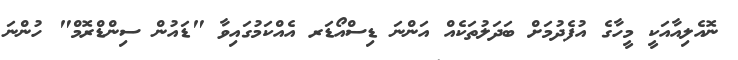
ނޮއެލިއާއަކީ މީހާގެ އުފެދުމަށް ބަދަލުތަކެއް އަންނަ ޑިސްއޯޑަރ އެއްކަމުގައިވާ "ޑައުން ސިންޑްރޮމް" ހުންނަ